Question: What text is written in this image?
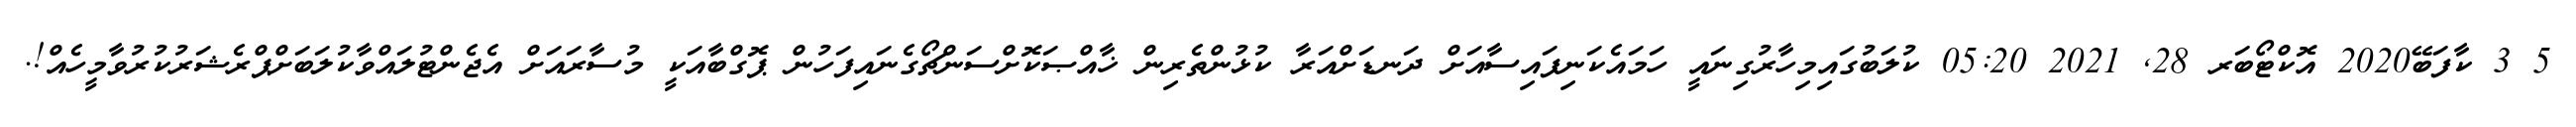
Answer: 5 3 ކާފަބޭ2020 އޮކްޓޯބަރ 28, 2021 05:20 ކުލަބުގައިމިހާރުގިނައީ ހަމައެކަނިފައިސާއަށް ދަނޑަށްއަރާ ކުޅުންތެރިން ޚާއްޞަކޮށްސަންޗޯގެނައިފަހުން ޕޮގްބާއަކީ މުސާރައަށް އެޖެންޓުލައްވާކުލަބަށްޕްރެޝަރުކުރުވާމީހެއް!.